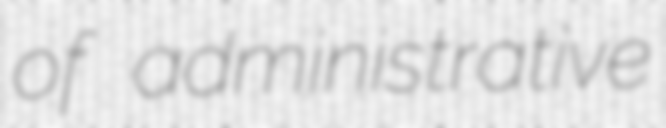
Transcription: of administrative